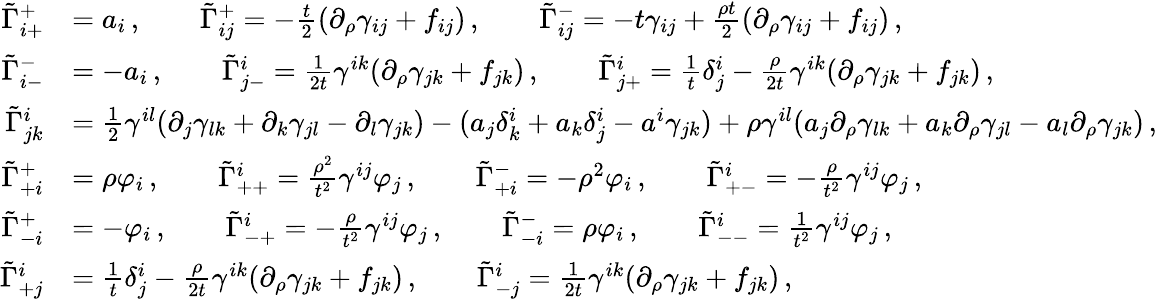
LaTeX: \begin{array}{rl}{\tilde{\Gamma}^{+}_{i+}}&{=a_{i}\, ,\qquad\tilde{\Gamma}^{+}_{ij}=-\frac{t}{2}(\partial_{\rho}\gamma_{ij}+f_{ij})\, ,\qquad\tilde{\Gamma}^{-}_{ij}=-t\gamma_{ij}+\frac{\rho t}{2}(\partial_{\rho}\gamma_{ij}+f_{ij})\, ,}\\ {\tilde{\Gamma}^{-}_{i-}}&{=-a_{i}\, ,\qquad\tilde{\Gamma}^{i}_{j-}=\frac{1}{2t}\gamma^{ik}(\partial_{\rho}\gamma_{jk}+f_{jk})\, ,\qquad\tilde{\Gamma}^{i}_{j+}=\frac{1}{t}\delta^{i}_{j}-\frac{\rho}{2t}\gamma^{ik}(\partial_{\rho}\gamma_{jk}+f_{jk})\, ,}\\ {\tilde{\Gamma}^{i}_{jk}}&{=\frac{1}{2}\gamma^{il}(\partial_{j}\gamma_{lk}+\partial_{k}\gamma_{jl}-\partial_{l}\gamma_{jk})-(a_{j}\delta^{i}_{k}+a_{k}\delta^{i}_{j}-a^{i}\gamma_{jk})+\rho\gamma^{il}(a_{j}\partial_{\rho}\gamma_{lk}+a_{k}\partial_{\rho}\gamma_{jl}-a_{l}\partial_{\rho}\gamma_{jk})\, ,}\\ {\tilde{\Gamma}^{+}_{+i}}&{=\rho\varphi_{i}\, ,\qquad\tilde{\Gamma}^{i}_{++}=\frac{\rho^{2}}{t^{2}}\gamma^{ij}\varphi_{j}\, ,\qquad\tilde{\Gamma}^{-}_{+i}=-\rho^{2}\varphi_{i}\, ,\qquad\tilde{\Gamma}^{i}_{+-}=-\frac{\rho}{t^{2}}\gamma^{ij}\varphi_{j}\, ,}\\ {\tilde{\Gamma}^{+}_{-i}}&{=-\varphi_{i}\, ,\qquad\tilde{\Gamma}^{i}_{-+}=-\frac{\rho}{t^{2}}\gamma^{ij}\varphi_{j}\, ,\qquad\tilde{\Gamma}^{-}_{-i}=\rho\varphi_{i}\, ,\qquad\tilde{\Gamma}^{i}_{--}=\frac{1}{t^{2}}\gamma^{ij}\varphi_{j}\, ,}\\ {\tilde{\Gamma}^{i}_{+j}}&{=\frac{1}{t}\delta^{i}_{j}-\frac{\rho}{2t}\gamma^{ik}(\partial_{\rho}\gamma_{jk}+f_{jk})\, ,\qquad\tilde{\Gamma}^{i}_{-j}=\frac{1}{2t}\gamma^{ik}(\partial_{\rho}\gamma_{jk}+f_{jk})\, ,}\end{array}